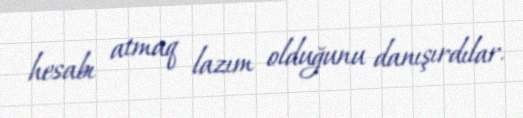
hesabı atmaq lazım olduğunu danışırdılar.